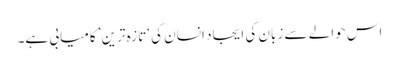
اس حوالے سے زبان کی ایجاد انسان کی ‘تازہ ترین’ کامیابی ہے۔